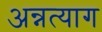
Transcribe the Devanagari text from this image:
अन्नत्याग